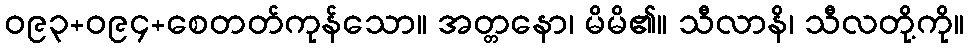
ဝ၉၃+ဝ၉၄+စေတတ်ကုန်သော။ အတ္တနော၊ မိမိ၏။ သီလာနိ၊ သီလတို့ကို။